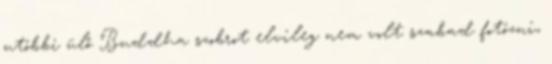
utóbbi ülő Buddha szobrot elvileg nem volt szabad fotózni,